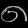
Digit: ၈